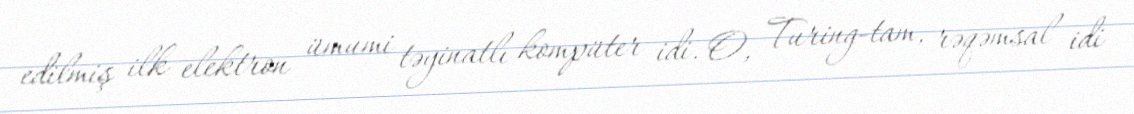
edilmiş ilk elektron ümumi təyinatlı kompüter idi. O, Turing-tam, rəqəmsal idi